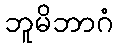
ဘူမိဘာဂံ